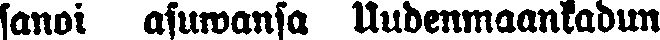
sanoi asuwansa Uudenmaankadun